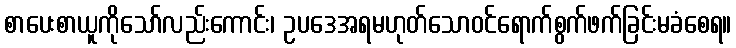
စာပေးစာယူကိုသော်လည်းကောင်း၊ ဥပဒေအရမဟုတ်သောဝင်ရောက်စွက်ဖက်ခြင်းမခံစေရ။